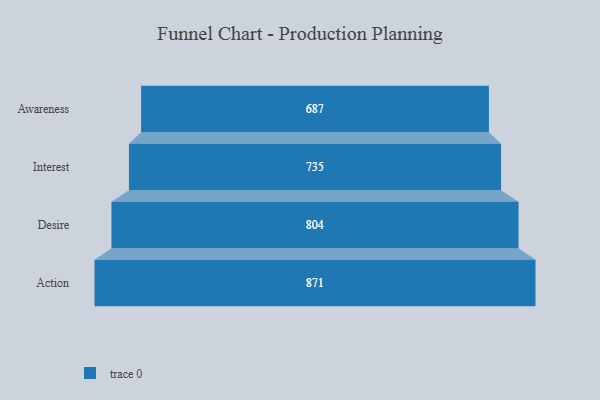
{"axis": {"x": "Stage", "y": "Value"}, "legend": [""], "data": [{"x": "Awareness", "y": 687.0, "type": ""}, {"x": "Interest", "y": 735.0, "type": ""}, {"x": "Desire", "y": 804.0, "type": ""}, {"x": "Action", "y": 871.0, "type": ""}]}